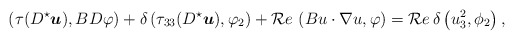
\begin{align*}\left(\tau(D^\star{ \boldsymbol u}),B D\varphi\right)+\delta\left({\tau}_{33}(D^\star{ \boldsymbol u}),\varphi_2\right)+{\cal R}e\, \left(Bu\cdot \nabla u,\varphi\right)={\cal R}e\,\delta\left(u_3^2,\phi_2\right),\end{align*}